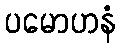
ပမောဟနံ